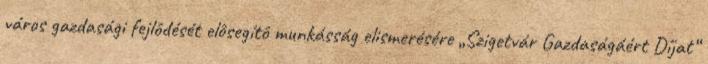
város gazdasági fejlôdését elôsegítô munkásság elismerésére „Szigetvár Gazdaságáért Díjat“